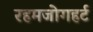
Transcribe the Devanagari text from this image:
रहमजोगहर्ट